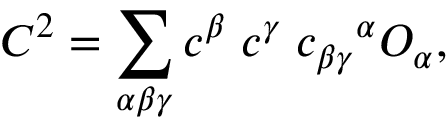
C ^ { 2 } = \sum _ { \alpha \beta \gamma } c ^ { \beta } \; c ^ { \gamma } \; c _ { \beta \gamma } { } ^ { \alpha } { \cal O } _ { \alpha } ,